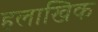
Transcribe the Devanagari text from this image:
हलाखिक